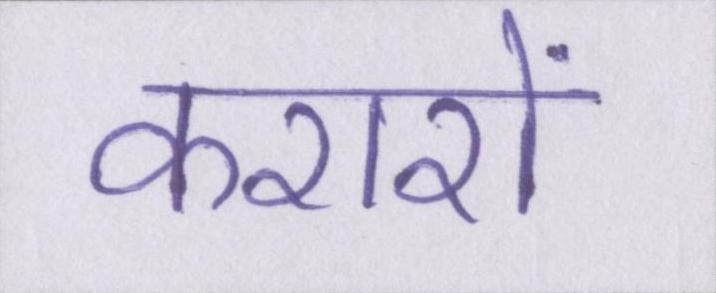
करारों